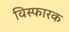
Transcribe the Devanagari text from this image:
विस्‍फारक